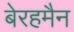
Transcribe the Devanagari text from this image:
बेरहमैन